Lunatic asylums in Bengal annual reports 1899-1911 - 1899-1911
Year: 1899
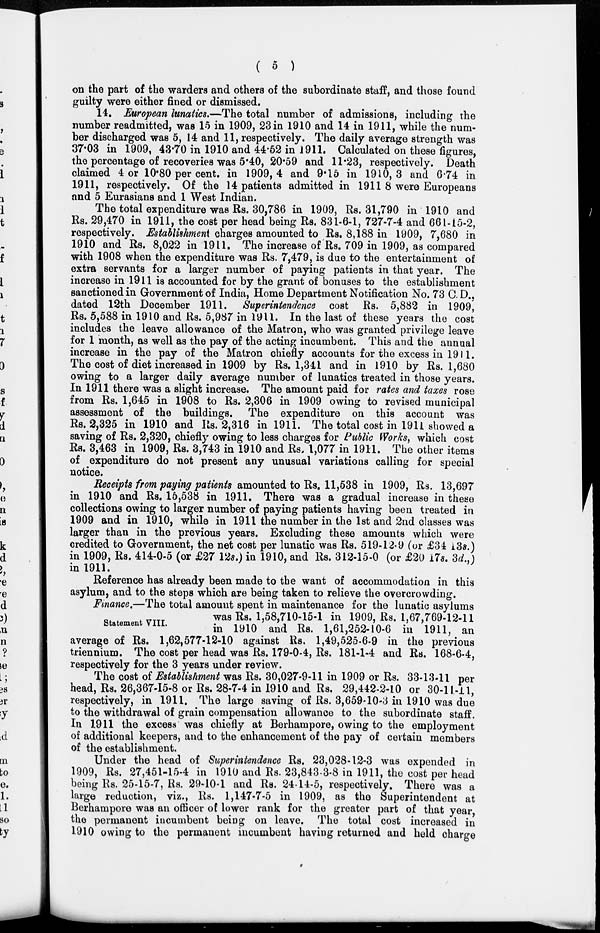
( 5 )
on the part of the warders and others of the subordinate staff, and those found
guilty were either fined or dismissed.
14. European lunatics,—The total number of admissions, including the
number readmitted, was 15 in 1909, 23 in 1910 and 14 in 1911, while the num-
ber discharged was 5, 14 and 11, respectively. The daily average strength was
37.03 in 1909, 43.70 in 1910 and 44.52 in 1911. Calculated on these figures,
the percentage of recoveries was 5.40, 20.59 and 11.23, respectively. Death
claimed 4 or 10.80 per cent. in 1909,4 and 9.15 in 1910,3 and 6.74 in
1911, respectively. Of the 14 patients admitted in 1911 8 were Europeans
and 5 Eurasians and 1 West Indian.
The total expenditure was Rs. 30,786 in 1909, Rs. 31,790 in 1910 and
Rs. 29,470 in 1911, the cost per head being Rs. 831-6-1, 727-7-4 and 661-15-2,
respectively. Establishment charges amounted to Rs. 8,188 in 1909, 7,680 in
1910 and Rs. 8,022 in 1911. The increase of Rs. 709 in 1909, as compared
with 1908 when the expenditure was Rs. 7,479, is due to the entertainment of
extra servants for a larger number of paying patients in that year. The
increase in 1911 is accounted for by the grant of bonuses to the establishment
sanctioned in Government of India, Home Department Notification No. 73 C.D.,
dated 12th December 1911. Superintendence cost Rs. 5,882 in 1909,
Rs. 5,588 in 1910 and Rs. 5,987 in 1911. In the last of these years the cost
includes the leave allowance of the Matron, who was granted privilege leave
for 1 month, as well as the pay of the acting incumbent. This and the annual
increase in the pay of the Matron chiefly accounts for the excess in 1911.
The cost of diet increased in 1909 by Rs. 1,341 and in 1910 by Rs. 1,680
owing to a larger daily average number of lunatics treated in those years.
In 1911 there was a slight increase. The amount paid for rates and taxes rose
from Rs. 1,645 in 1908 to Rs. 2,306 in 1909 owing to revised municipal
assessment of the buildings. The expenditure on this account was
Rs. 2,325 in 1910 and Rs. 2,316 in 1911. The total cost in 1911 showed a
saving of Rs. 2,320, chiefly owing to less charges for Public Works, which cost
Rs. 3,463 in 1909, Rs. 3,743 in 1910 and Rs. 1,077 in 1911. The other items
of expenditure do not present any unusual variations calling for special
notice.
Receipts from paying patients amounted to Rs. 11,538 in 1909, Rs. 13,697
in 1910 and Rs. 15,538 in 1911. There was a gradual increase in these
collections owing to larger number of paying patients having been treated in
1909 and in 1910, while in 1911 the number in the 1st and 2nd classes was
larger than in the previous years. Excluding these amounts which were
credited to Government, the net cost per lunatic was Rs. 519-12.9 (or £34 13s.)
in 1909, Rs. 414-0-5 (or £27 12s.) in 1910, and Rs. 312-15-0 (or £20 17s. 3d.,)
in 1911.
Reference has already been made to the want of accommodation in this
asylum, and to the steps which are being taken to relieve the overcrowding.
Statement VIII.
Finance.—The total amount spent in maintenance for the lunatic asylums
was Rs. 1,58,710-15-1 in 1909, Rs. 1,67,769-12-11
in 1910 and Rs. 1,61,252-10-6 in 1911, an
average of Rs. 1,62,577-12-10 against Rs. 1,49,525-6-9 in the previous
triennium. The cost per head was Rs. 179-0-4, Rs. 181-1-4 and Rs. 168-6-4,
respectively for the 3 years under review.
The cost of Establishment was Rs. 30,027-9-11 in 1909 or Rs. 33-13-11 per
head, Rs. 26,367-15-8 or Rs. 28-7-4 in 1910 and Rs. 29,442-2-10 or 30-11-11,
respectively, in 1911. The large saving of Rs. 3,659-10-3 in 1910 was due
to the withdrawal of grain compensation allowance to the subordinate staff.
In 1911 the excess was chiefly at Berhampore, owing to the employment
of additional keepers, and to the enhancement of the pay of certain members
of the establishment.
Under the head of Superintendence Rs. 23,028-12-3 was expended in
1909, Rs. 27,451-15-4 in 1910 and Rs. 23,843-3-8 in 1911, the cost per head
being Rs. 25-15-7, Rs. 29-10-1 and Rs. 24-14-5, respectively. There was a
large reduction, viz., Rs. 1,147-7-5 in 1909, as the Superintendent at
Berhampore was an officer of lower rank for the greater part of that year,
the permanent incumbent being on leave. The total cost increased in
1910 owing to the permanent incumbent having returned and held charge